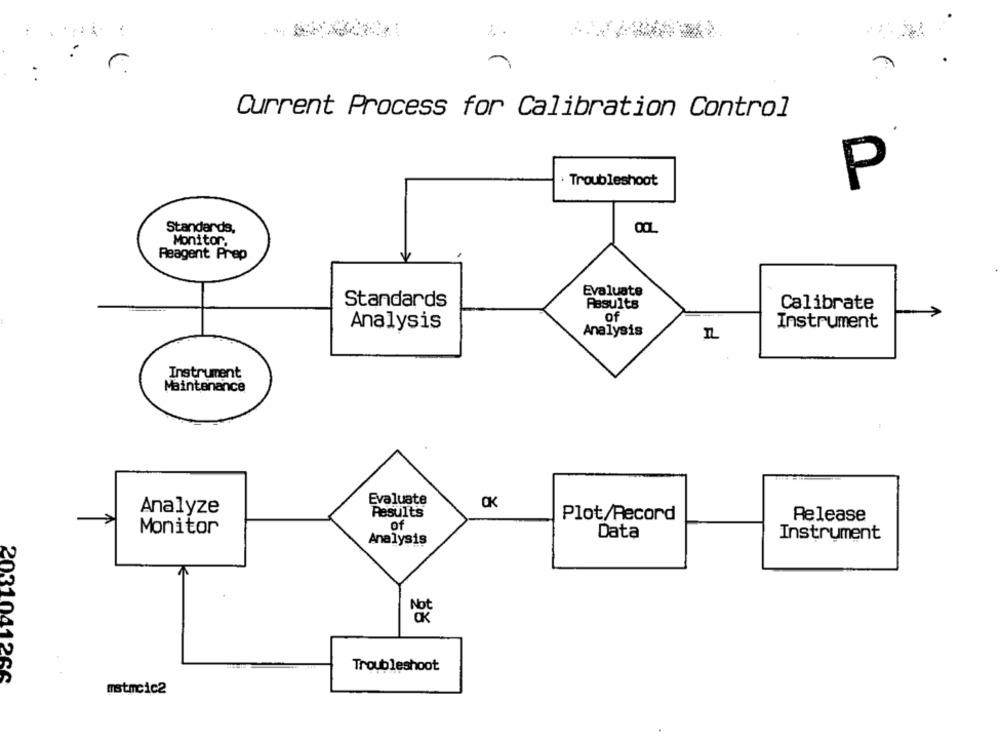
:
:
Current Process for Calibration Control
Troubleshoot
P
Standards,
Monitor,
Reagent Prep
Evaluate
Standards
Results
Calibrate
of
Analysis
Instrument
Analysis
Instrument
Maintenance
Evaluate
OK
Analyze
Results
Plot/Record
Release
Of
Monitor
Data
Analysis
Instrument
Troubleshoot
2031041266
mstrcic2